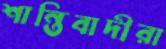
শান্তিবাদীরা